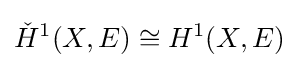
{\check {H}}^{1}(X,E)\cong H^{1}(X,E)